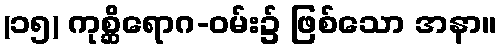
(၁၅) ကုစ္ဆိရောဂ-ဝမ်း၌ ဖြစ်သော အနာ။